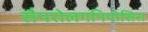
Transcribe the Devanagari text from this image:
सैपरोलगनियोसिस